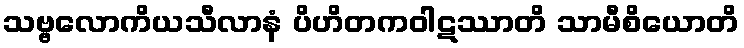
သဗ္ဗလောကိယသီလာနံ ပိဟိတကဝါဋဿာတိ သာမီစိယောတိ